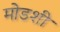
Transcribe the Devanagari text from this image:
मोडशी